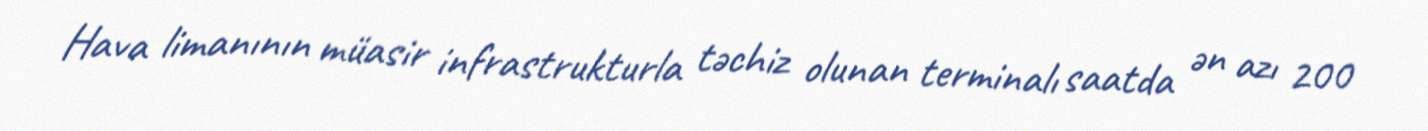
Hava limanının müasir infrastrukturla təchiz olunan terminalı saatda ən azı 200